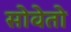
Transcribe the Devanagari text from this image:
सोवेतो